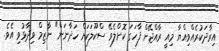
އިރާދަކުރެއްވިއްޔާ މިއީ ރާއްޖޭން ފާހަގަ ކޮށްލެވޭ ސްކޫލަކަށް ހަދާނަން" ނާޒިމް ވިދާޅުވި އެވެ.